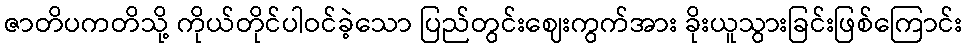
ဇာတိပကတိသို့ ကိုယ်တိုင်ပါဝင်ခဲ့သော ပြည်တွင်းဈေးကွက်အား ခိုးယူသွားခြင်းဖြစ်ကြောင်း